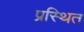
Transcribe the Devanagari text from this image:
प्रस्थित